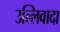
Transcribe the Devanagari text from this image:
उल्लिवादा